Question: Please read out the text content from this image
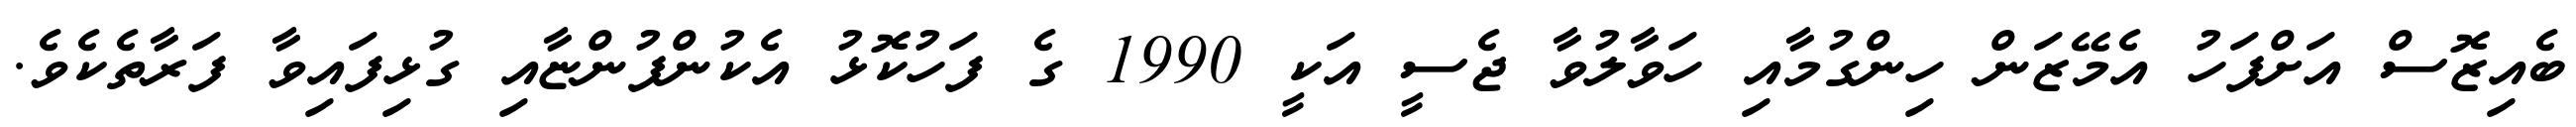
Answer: ބެއިޒޮސް އަށްފަހު އެމޭޒަން ހިންގުމާއި ހަވާލުވާ ޖެސީ އަކީ 1990 ގެ ފަހުކޮޅު އެކުންފުންޏާއި ގުޅިފައިވާ ފަރާތެކެވެ.